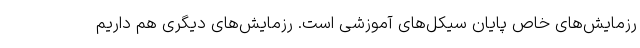
رزمایش‌های خاص پایان سیکل‌های آموزشی است. رزمایش‌های دیگری هم داریم